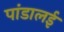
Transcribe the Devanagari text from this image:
पांडालई